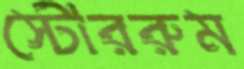
স্টোররুম